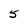
Character: 5